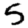
Digit: 5